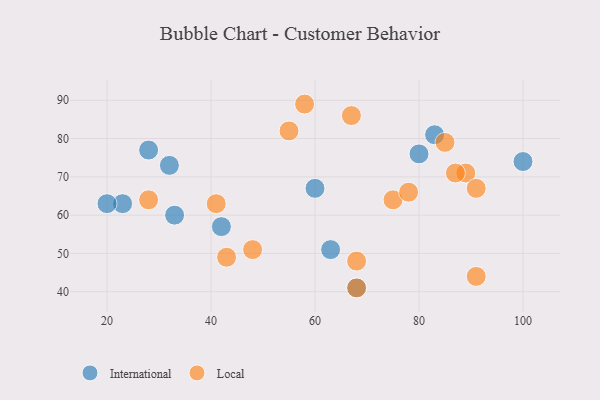
{"axis": {"x": "GDP", "y": "Life Expectancy"}, "legend": ["International", "Local"], "data": [{"x": "42", "y": 57, "type": "International"}, {"x": "100", "y": 74, "type": "International"}, {"x": "23", "y": 63, "type": "International"}, {"x": "63", "y": 51, "type": "International"}, {"x": "68", "y": 41, "type": "International"}, {"x": "60", "y": 67, "type": "International"}, {"x": "33", "y": 60, "type": "International"}, {"x": "32", "y": 73, "type": "International"}, {"x": "80", "y": 76, "type": "International"}, {"x": "83", "y": 81, "type": "International"}, {"x": "28", "y": 77, "type": "International"}, {"x": "20", "y": 63, "type": "International"}, {"x": "58", "y": 89, "type": "Local"}, {"x": "41", "y": 63, "type": "Local"}, {"x": "55", "y": 82, "type": "Local"}, {"x": "43", "y": 49, "type": "Local"}, {"x": "28", "y": 64, "type": "Local"}, {"x": "89", "y": 71, "type": "Local"}, {"x": "68", "y": 48, "type": "Local"}, {"x": "75", "y": 64, "type": "Local"}, {"x": "67", "y": 86, "type": "Local"}, {"x": "78", "y": 66, "type": "Local"}, {"x": "48", "y": 51, "type": "Local"}, {"x": "85", "y": 79, "type": "Local"}, {"x": "68", "y": 41, "type": "Local"}, {"x": "91", "y": 44, "type": "Local"}, {"x": "87", "y": 71, "type": "Local"}, {"x": "91", "y": 67, "type": "Local"}]}